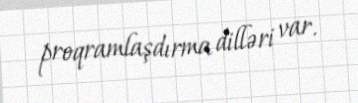
proqramlaşdırma dilləri var.